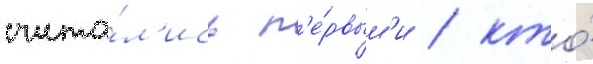
счита́л'ись п'е́рвым'и / кто́